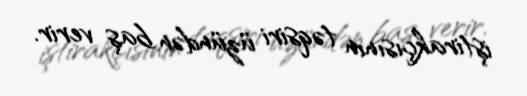
iştirakçısının təqsiri üzündən baş verir.